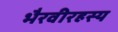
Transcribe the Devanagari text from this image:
भैरवीरहस्य